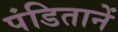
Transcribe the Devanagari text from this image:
पंडितानें